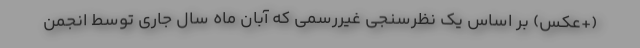
(+عکس) بر اساس یک نظرسنجی غیررسمی که آبان ماه سال جاری توسط انجمن